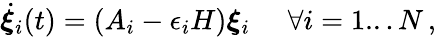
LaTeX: \dot{\boldsymbol{\xi}}_{i}(t)=(A_{i}-\epsilon_{i}H)\boldsymbol{\xi}_{i}\quad\, \, \forall i=1...N\, ,